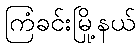
ကြံခင်းမြို့နယ်